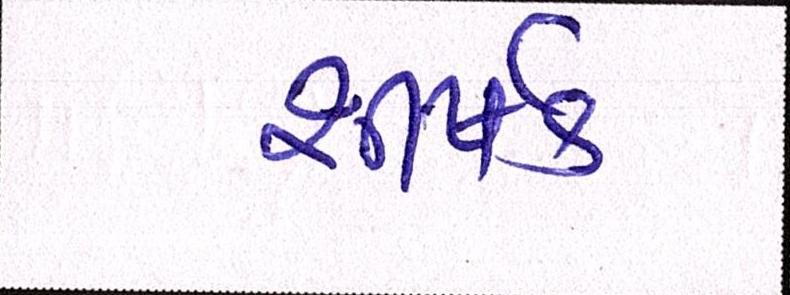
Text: શીર્ષક